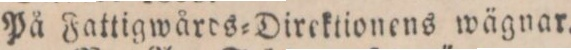
På Fattigwårds=Direktionens wägnar.